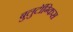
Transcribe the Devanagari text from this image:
बुलुटॉंग्किस